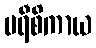
မရီစိကာယ